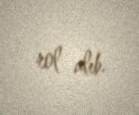
rol alıb.